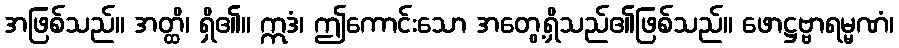
အဖြစ်သည်။ အတ္ထိ၊ ရှိ၏။ ဣဒံ၊ ဤကောင်းသော အတွေ့ရှိသည်၏ဖြစ်သည်။ ဖောဋ္ဌဗ္ဗာရမ္မဏံ၊